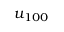
u _ { 1 0 0 }